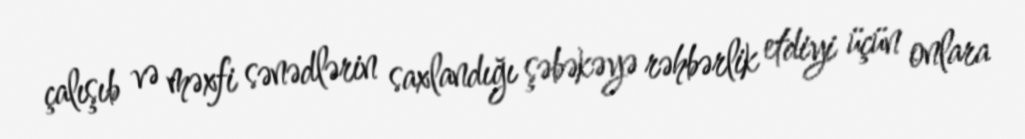
çalışıb və məxfi sənədlərin saxlandığı şəbəkəyə rəhbərlik etdiyi üçün onlara